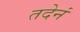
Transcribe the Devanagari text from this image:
तदेनं